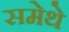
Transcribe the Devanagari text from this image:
समेथे